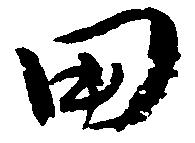
田